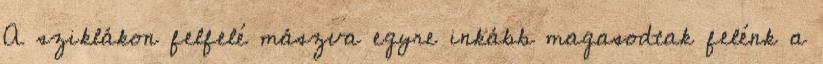
A sziklákon felfelé mászva egyre inkább magasodtak felénk a